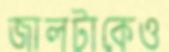
জালটাকেও